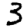
Digit: 3